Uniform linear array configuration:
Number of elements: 12
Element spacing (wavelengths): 0.25
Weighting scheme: blackman
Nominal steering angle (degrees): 30
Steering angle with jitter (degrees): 28.577
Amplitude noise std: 0.05
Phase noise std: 0.05

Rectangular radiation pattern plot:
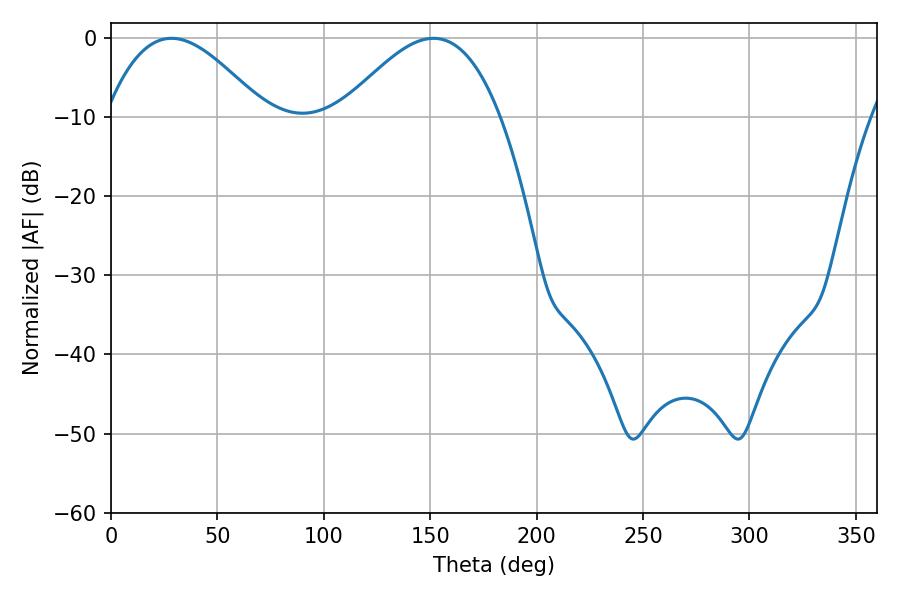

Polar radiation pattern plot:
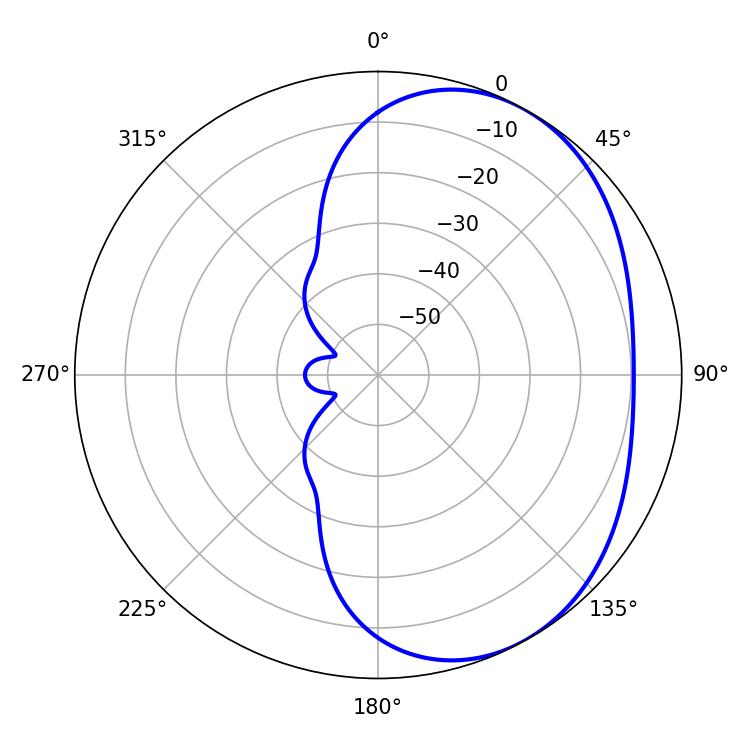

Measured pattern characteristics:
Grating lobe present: FALSE
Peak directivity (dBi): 3.751
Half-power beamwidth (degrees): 40.32
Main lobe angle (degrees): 28.44